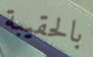
بالحقيبة